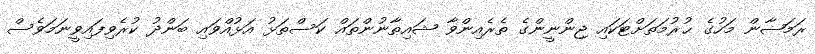
ރަމަޟާން މަހުގެ ޙުރުމަތަށްޓަކައި ޖިންނީންގެ ތެރެއިންވާ ޝައިޠާނުންތައް ކަސްތަޅު އަޅުއްވައި ބަންދު ކުރެވިފައިވީނަމަވެސް